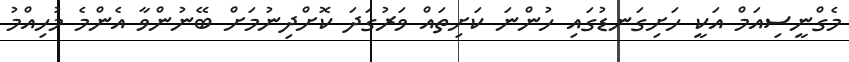
މެގްނީސިއަމް އަކީ ހަށިގަނޑުގައި ހުންނަ ކަށިތައް ވަރުގަދަ ކޮށްދިނުމަށް ބޭނުންވާ އެންމެ މުހިއްމު